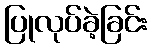
ပြုလုပ်ခဲ့ခြင်း